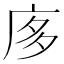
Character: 㢁